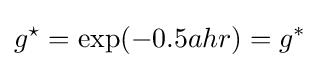
g^{\star }=\exp(-0.5ahr)=g^{*}